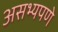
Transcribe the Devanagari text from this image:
असभ्यपणे